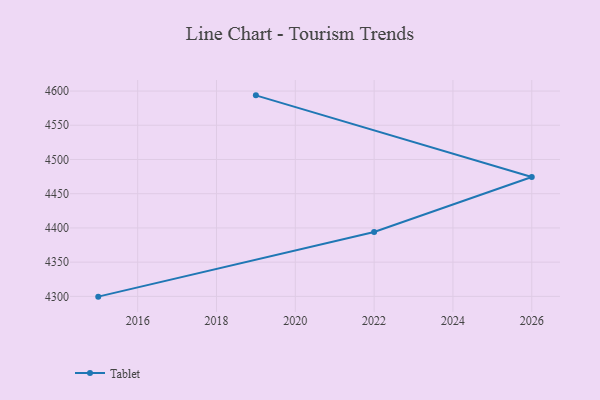
{"axis": {"x": "Year", "y": "Temperature (°C)"}, "legend": ["Tablet"], "data": [{"x": "2015", "y": 4299.6, "type": "Tablet"}, {"x": "2022", "y": 4394.1, "type": "Tablet"}, {"x": "2026", "y": 4474.5, "type": "Tablet"}, {"x": "2019", "y": 4593.7, "type": "Tablet"}]}